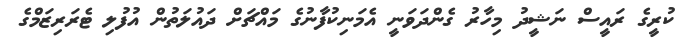
ކުރީގެ ރައީސް ނަޝީދު މިހާރު ގެންދަވަނީ އެމަނިކުފާނުގެ މައްޗަށް ދައުލަތުން އުފުލި ޓެރަރިޒަމްގެ